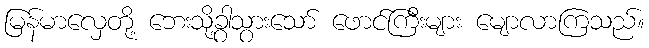
မြန်မာလှေတို့ ဘေးသို့ခွာသွားသော် ဖောင်ကြီးများ မျောလာကြသည်။